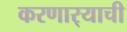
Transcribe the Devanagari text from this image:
करणार्‍याची